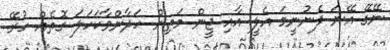
ނޭގޭ އޭނަ ފެނުނީމަ އެލީ އާއި ޖީން މަތިން ހަދާންވާކަހަލަ ގޮތެއް ހުރޭ.